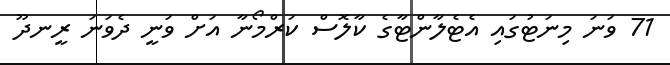
71 ވަނަ މިނަޓުގައި އެޓެލާންޓާގެ ކާލޮސް ކަރްމޯނާ އަށް ވަނީ ދެވަނަ ރީނދޫ